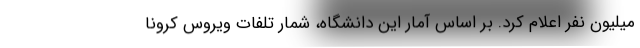
میلیون نفر اعلام کرد. بر اساس آمار این دانشگاه، شمار تلفات ویروس کرونا